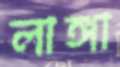
লাঙ্গা